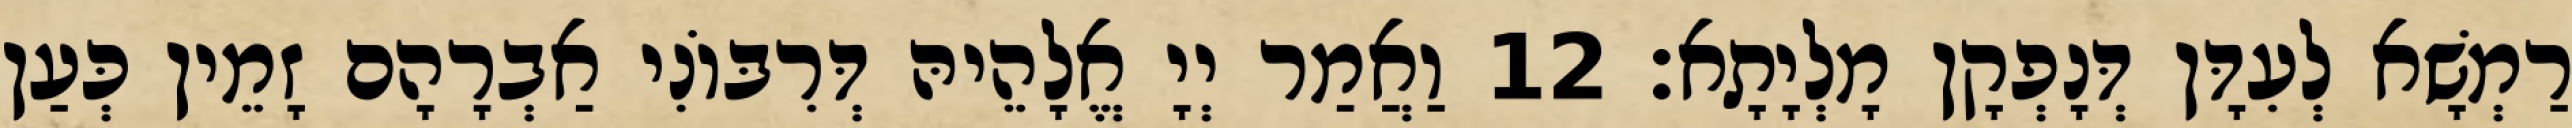
רַמְשָׁא לְעִדָּן דְּנָפְקָן מָלְיָתָא׃ 12 וַאֲמַר יְיָ אֱלָהֵיהּ דְּרִבּוֹנִי אַבְרָהָם זָמֵין כְּעַן